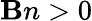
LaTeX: \mathbf{B}n>0